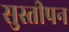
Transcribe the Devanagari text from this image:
सुस्तीपन